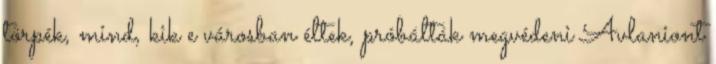
törpék, mind, kik e városban éltek, próbálták megvédeni Avlaniont